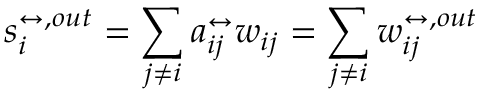
s _ { i } ^ { \leftrightarrow , o u t } = \sum _ { j \neq i } a _ { i j } ^ { \leftrightarrow } w _ { i j } = \sum _ { j \neq i } w _ { i j } ^ { \leftrightarrow , o u t }